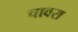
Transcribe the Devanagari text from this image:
चावस